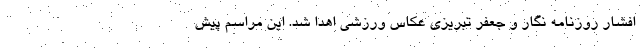
افشار روزنامه نگار و جعفر تبریزی عکاس ورزشی اهدا شد. این مراسم پیش